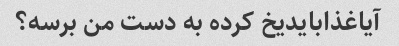
آیاغذابایدیخ کرده به دست من برسه؟